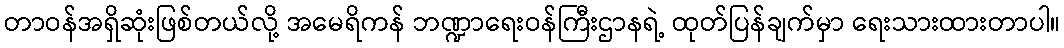
တာဝန်အရှိဆုံးဖြစ်တယ်လို့ အမေရိကန် ဘဏ္ဍာရေးဝန်ကြီးဌာနရဲ့ ထုတ်ပြန်ချက်မှာ ရေးသားထားတာပါ။